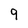
Character: 9